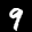
Label: 9